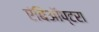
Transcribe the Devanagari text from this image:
एंबिऑप्टरा